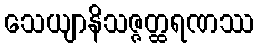
သေယျာနိသဇ္ဇတ္ထရဏဿ